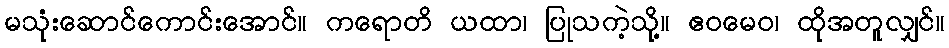
မသုံးဆောင်ကောင်းအောင်။ ကရောတိ ယထာ၊ ပြုသကဲ့သို့။ ဧဝမေဝ၊ ထိုအတူလျှင်။